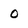
Character: 0